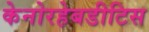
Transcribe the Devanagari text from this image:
केनोरहेबडीटिस